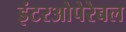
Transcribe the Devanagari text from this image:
इंटरओपेरेबल